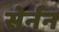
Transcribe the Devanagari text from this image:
सेर्नन